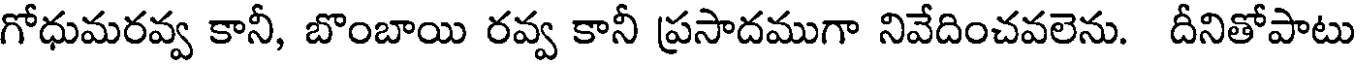
గోధుమరవ్వ కానీ, బొంబాయి రవ్వ కానీ ప్రసాదముగా నివేదించవలెను. దీనితోపాటు